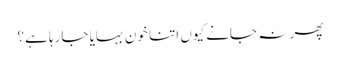
پھر نہ جانے کیوں اتنا خون بہایا جارہا ہے؟